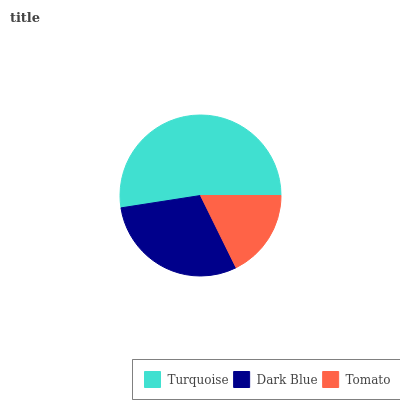
| Turquoise | Dark Blue | Tomato |
 | --- | --- | --- |
 | 52.5% | 29.8% | 17.7% |